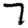
Digit: 7